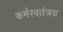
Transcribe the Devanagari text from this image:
कर्मस्वतंत्रय